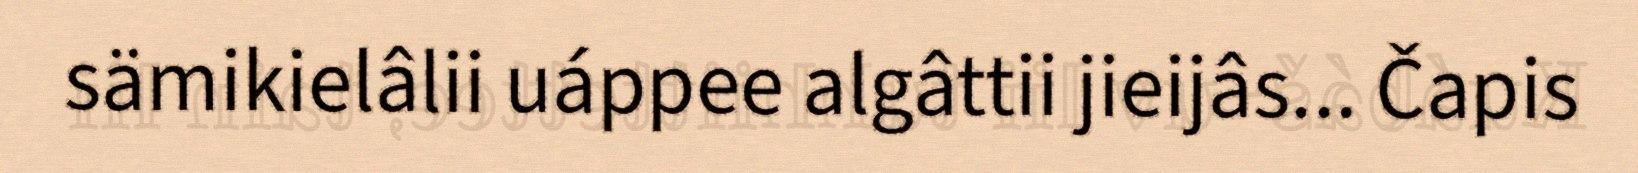
sämikielâlii uáppee algâttii jieijâs... Čapis